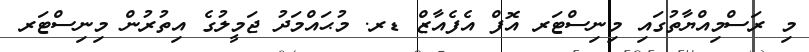
މި ރަސްމިއްޔާތުގައި މިނިސްޓަރ އޮފް އެފެއާޒް ޑރ. މުޙައްމަދު ޖަމީލުގެ އިތުރުން މިނިސްޓަރ